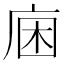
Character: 𢈛